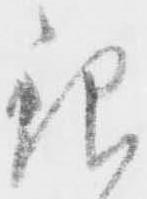
銀